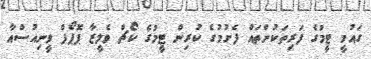
ގައުމީ ޓީމުގެ ފަރިތަކުންތައް ފެށުމުގެ ކުރިން ޓީމުގެ ކޯޗް ވެލީޒާ ޕޮޕޯފް ވީނިއުސްއާ